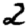
Digit: 2